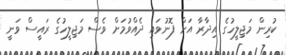
ކުރިން މަޖިލީހުގެ އިދާރާ އަށް ފޮނުވައި ދެއްވުމަށް ވެސް މަޖިލީހުގެ ރައީސް ވަނީ